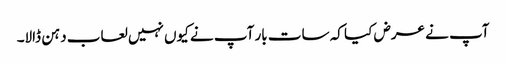
آپ نے عرض کیا کہ سات بار آپ نے کیوں نہیں لعاب دہن ڈالا۔